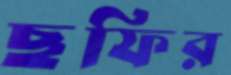
ছফির